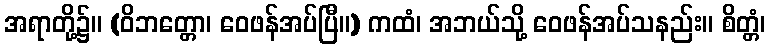
အရာတို့၌။ (ဝိဘတ္တော၊ ဝေဖန်အပ်ပြီ။) ကထံ၊ အဘယ်သို့ ဝေဖန်အပ်သနည်း။ စိတ္တံ၊